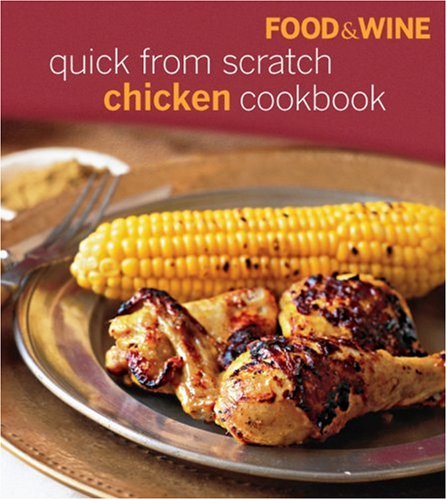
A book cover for Food & Wine Quick from Scratch Chicken; Food & Wine; Cookbooks, Food & Wine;